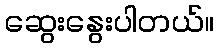
ဆွေးနွေးပါတယ်။